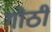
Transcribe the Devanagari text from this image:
गोठीं